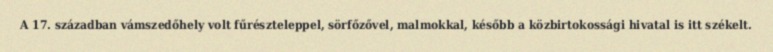
A 17. században vámszedőhely volt fűrészteleppel, sörfőzővel, malmokkal, később a közbirtokossági hivatal is itt székelt.